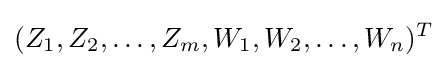
(Z_{1},Z_{2},\ldots ,Z_{m},W_{1},W_{2},\ldots ,W_{n})^{T}